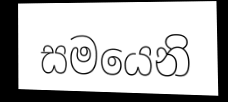
සමයෙනි